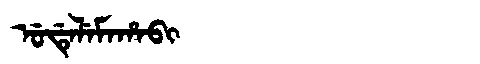
Manchu: ᡠᡩᡝᠯᡝᠮᠠᡥᠠᠪᡳ
Romanization: UDELEMAHABI